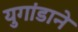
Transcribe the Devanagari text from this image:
युगांडाने